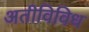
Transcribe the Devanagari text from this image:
अतीविविध